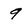
Character: 9